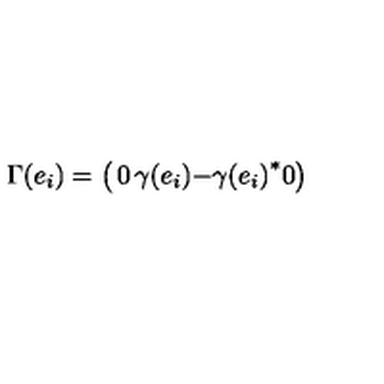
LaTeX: \Gamma ( e _ { i } ) = \left( \begin{matrix} { 0 } & { \gamma ( e _ { i } ) } \\ { - { \gamma ( e _ { i } ) } ^ { * } } & { 0 } \\ \end{matrix} \right)